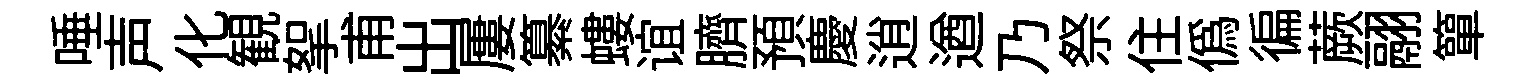
唾声化観挐甫出屢纂螻谊臍預慶逍遒乃祭住偽徧蕨翮簞